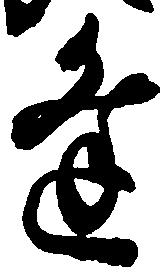
逢